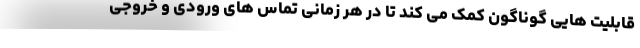
قابلیت هایی گوناگون کمک می کند تا در هر زمانی تماس های ورودی و خروجی